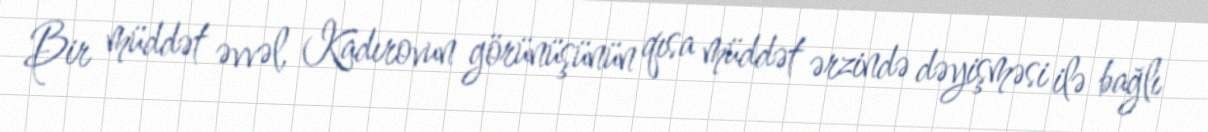
Bir müddət əvvəl, Kadırovun görünüşünün qısa müddət ərzində dəyişməsi ilə bağlı